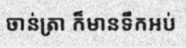
ចាន់ត្រា ក៏មានទឹកអប់